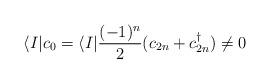
LaTeX: \begin{align*}\langle I|c_0=\langle I|{(-1)^n\over2}(c_{2n}+c_{2n}^\dagger)\not=0\end{align*}